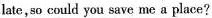
late,so could you save me a place?